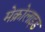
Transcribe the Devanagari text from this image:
मेक्रोलाइड